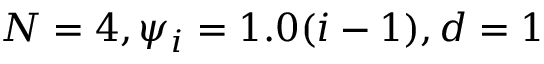
N = 4 , \psi _ { i } = 1 . 0 ( i - 1 ) , d = 1